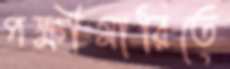
পক্ষীমারিতে